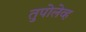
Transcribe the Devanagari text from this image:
तुपोलेव्ह